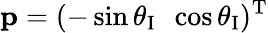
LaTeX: {\mathbf p}=(-\sin\theta_{\textup I}\, \, \, \cos\theta_{\textup I})^{\textup T}